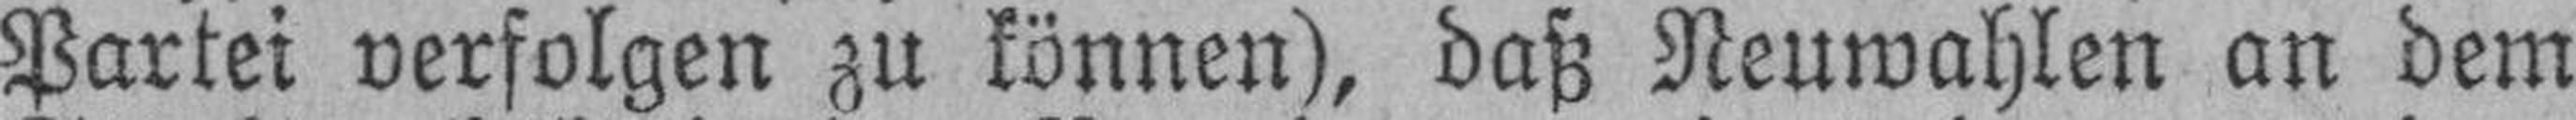
Partei verfolgen zu können), daß Neuwahlen an dem